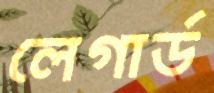
লেগার্ড